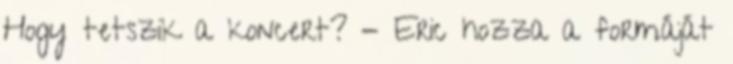
Hogy tetszik a koncert? - Eric hozza a formáját